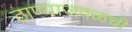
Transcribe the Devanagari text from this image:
ठाण्याजवळची